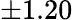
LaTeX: \pm 1.20\